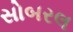
સોબરલ